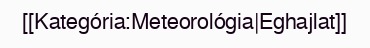
[[Kategória:Meteorológia|Eghajlat]]